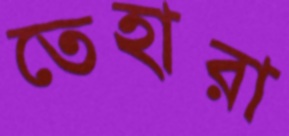
তেহারা